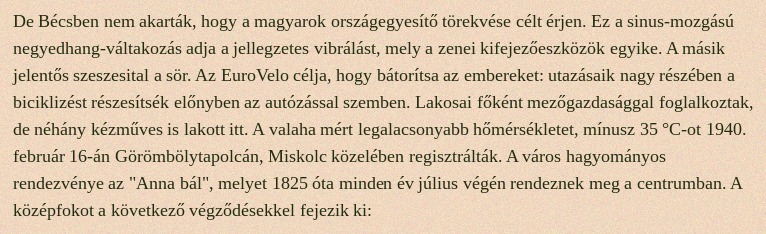
De Bécsben nem akarták, hogy a magyarok országegyesítő törekvése célt érjen. Ez a sinus-mozgású negyedhang-váltakozás adja a jellegzetes vibrálást, mely a zenei kifejezőeszközök egyike. A másik jelentős szeszesital a sör. Az EuroVelo célja, hogy bátorítsa az embereket: utazásaik nagy részében a biciklizést részesítsék előnyben az autózással szemben. Lakosai főként mezőgazdasággal foglalkoztak, de néhány kézműves is lakott itt. A valaha mért legalacsonyabb hőmérsékletet, mínusz 35 °C-ot 1940. február 16-án Görömbölytapolcán, Miskolc közelében regisztrálták. A város hagyományos rendezvénye az "Anna bál", melyet 1825 óta minden év július végén rendeznek meg a centrumban. A középfokot a következő végződésekkel fejezik ki: